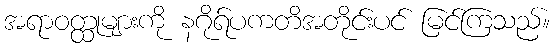
အရာဝတ္ထုများကို နဂိုရ်ပကတိအတိုင်းပင် မြင်ကြသည်။